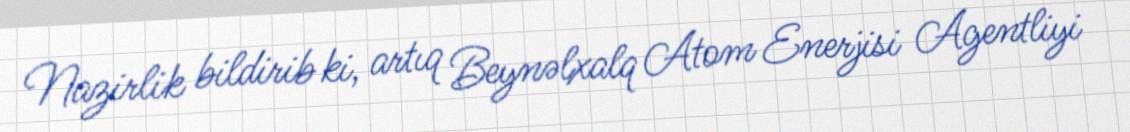
Nazirlik bildirib ki, artıq Beynəlxalq Atom Enerjisi Agentliyi